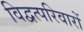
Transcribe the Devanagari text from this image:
विद्वत्परिवारों